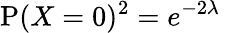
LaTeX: \operatorname{P}(X=0)^{2}=e^{-2\lambda}\quad